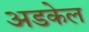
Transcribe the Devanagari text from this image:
अडकेल